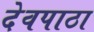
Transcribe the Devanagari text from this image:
देवपाठा